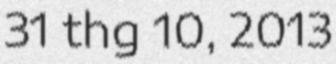
31 thg 10, 2013